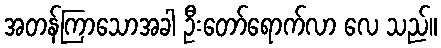
အတန်ကြာသောအခါ ဦးတော်ရောက်လာ လေ သည်။